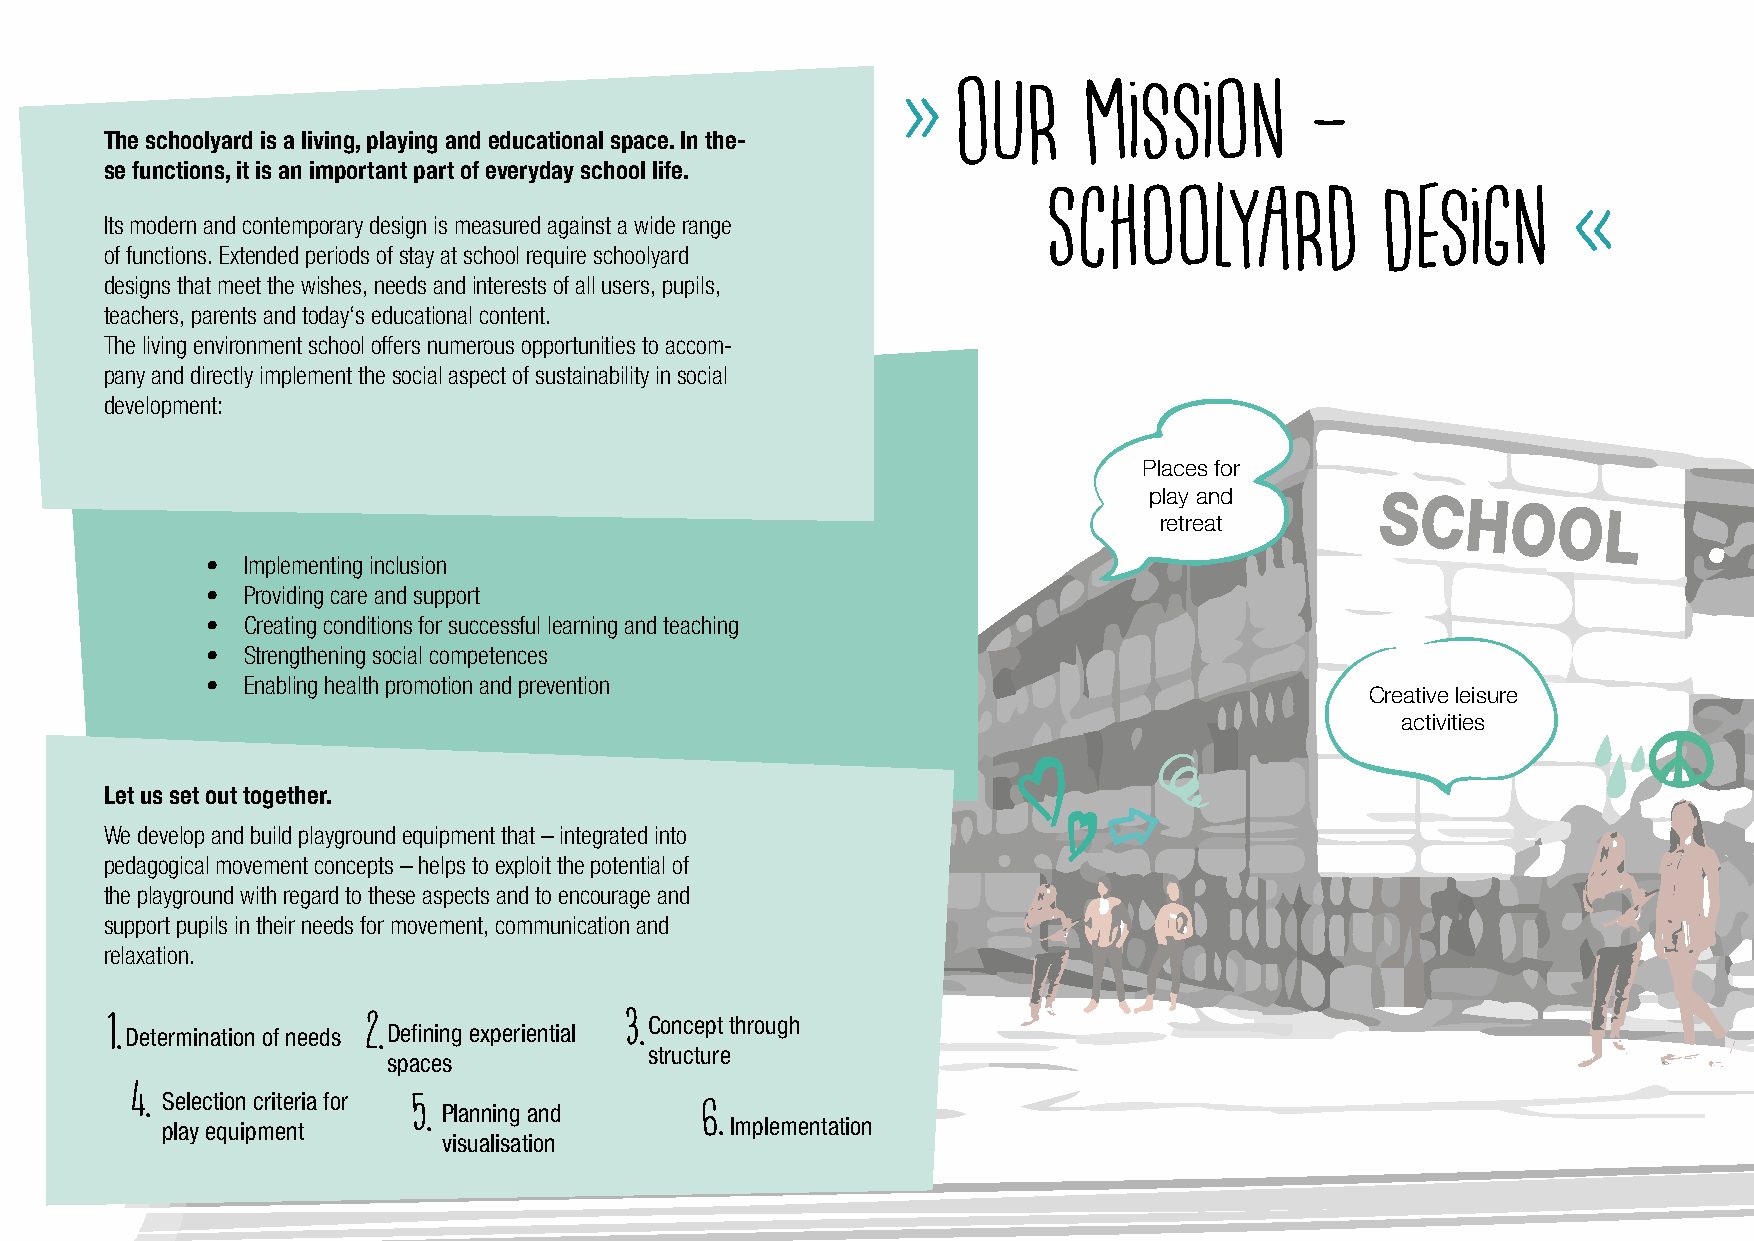
»  Our      Mission        –
 The schoolyard is a living, playing and educational space. In the-
 se functions, it is an important part of everyday school life.
 Its modern and contemporary design is measured against a wide range Schoolyard      Design       «
 of functions. Extended periods of stay at school require schoolyard
 designs that meet the wishes, needs and interests of all users, pupils,
 teachers, parents and today‘s educational content.
 The living environment school offers numerous opportunities to accom-
 pany and directly implement the social aspect of sustainability in social
 development:
 Places for
 play and       SCHOOL
 retreat
 • Implementing inclusion
 • Providing care and support
 • Creating conditions for successful learning and teaching
 • Strengthening social competences
 • Enabling health promotion and prevention
 Creative leisure
 activities
 Let us set out together.
 We develop and build playground equipment that – integrated into
 pedagogical movement concepts – helps to exploit the potential of
 the playground with regard to these aspects and to encourage and
 support pupils in their needs for movement, communication and
 relaxation.
 1. Determination of needs 2. Defining experiential 3. Concept through
 structure
 spaces
 4. Selection criteria for
 5. Planning and    6.
 play equipment                       Implementation
 visualisation